Civil Veterinary Department Bihar & Orissa reports 1911-21 - 1911-1921
Year: 1911
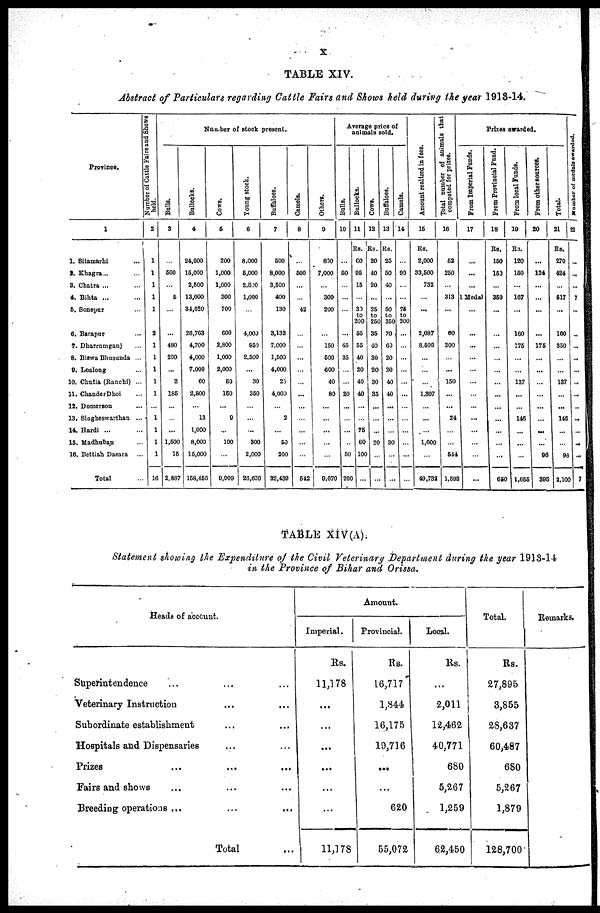
TABLE XIV.
Abstract of Particulars regarding Cattle Fairs and Shows held during the year 1918-14.
Province.
1
1. Sitamarhi ...
3. Khagra... ...
3. Chatra ... ...
4. Bihta ... ...
5. Sonepur ...
6. Barapur ...
7. Dharmmgauj ...
8. Biswa Bhusuuda ...
9. Loalong ...
10. Chutia (Ranchi) ...
11. ChandetDhoi ...
12. Domerson ...
13. Singheswarthan ...
14. Hardi ...
15. Madhuban ...
16. Bettiah Dasara ...
Total ...
Number of Cattle Fairs and Shows
held.
2
1
1
1
1
1
2
1
1
1
1
1
...
1
1
1
1
16
Number of stock present.
Bulls.
3
...
600
...
5
...
...
480
200
...
2
185
...
...
...
1,500
15
2,887
Bullocks.
4
24,000
15,000
2,500
13,000
34,020
26,783
4,700
4,000
7,000
60
2,800
...
13
1,000
8,000
15,000
158,456
Cows.
6
200
1,000
1,000
300
700
600
2,800
1,000
2,000
50
160
...
6
...
100
...
9,909
Young stock.
6
8,000
6,000
2,500
1,000
...
4,000
950
2,500
...
30
350
...
...
...
300
2,000
26,620
Buffaloes.
7
500
8,000
3,500
400
130
3,132
7,000
1,500
4,000
25
4,000
...
2
...
60
200
32,430
Camels.
8
...
600
...
...
42
...
...
...
...
...
...
...
...
...
...
...
642
Others.
0
800
7,000
...
300
200
...
150
500
600
40
80
...
...
...
...
...
0,070
Average price of
animals sold.
Balls,
10
...
50
...
...
...
...
45
35
...
20
...
...
...
...
50
200
Bullocks.
11
Rs.
60
05
15
...
30
to
200
55
55
40
20
40
40
...
...
75
60
100
...
Cows.
12
Rs.
20
40
20
...
25
to
250
35
40
30
20
30
35
...
...
...
20
...
...
Buffaloes.
13
Rs.
25
50
40
...
50
to
350
70
60
20
20
40
40
...
...
...
30
...
...
Camels.
14
...
90
...
...
76
to
200
...
...
...
...
...
...
...
...
...
...
...
...
Amount realized in fees
15
Rs.
2,000
33,500
732
...
...
2,087
8,500
...
...
...
1,307
...
...
...
1,600
...
49,732
Total number of animals that
competed for prizes.
16
62
250
...
313
...
60
200
...
...
150
...
...
24
...
...
544
1,693
Prizes awarded.
From Imperial Funds.
17
...
...
...
1 Medal
...
...
...
...
...
...
...
...
...
...
...
...
...
From Provincial Fund.
18
Rs.
160
153
...
350
...
...
...
...
...
...
...
...
...
...
...
...
650
From local Funds.
10
R3.
120
160
...
107
...
160
175
...
...
137
...
...
146
...
...
...
1,055
From other sources.
20
...
124
...
...
...
...
175
...
...
...
...
...
...
...
...
96
395
Total.
21
Rs.
270
424
...
617
...
160
350
...
...
137
...
...
140
...
...
93
2,100
Number of modals awarded.
22
...
...
...
7
...
...
...
...
...
...
...
...
...
...
...
7
TABLE XIV(A).
Statement showing the Expenditure of the Civil Veterinary Department during the year 1913-14
in the Province of Bihar and Orissa.
Heads of account.
Superintendence
Veterinary Instruction
Subordinate establishment
Hospitals and Dispensaries
Frizes
Fairs and shows
Breeding operations ... ... ...
Total
Amount.
Imperial.
Rs.
11,178
...
...
...
...
...
...
11,178
Provincial.
Rs.
16,717
1,844
16,175
19,716
...
...
620
55,072
Local.
Rs.
...
2,011
12,462
40,771
680
5,267
1,259
62,450
Total.
Rs.
27,895
3,855
28,637
60,487
680
5,267
1,879
128,700
Remarks.